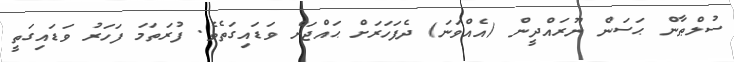
ސުލްޠާން ޙަސަން ނޫރައްދީން (އެއްވަނަ) ދެފަހަރަށް ޙައްޖަށް ވަޑައިގަތެވެ. ފުރަތަމަ ފަހަރު ވަޑައިގަތީ